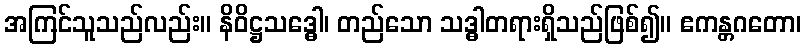
အကြင်သူသည်လည်း။ နိဝိဋ္ဌသဒ္ဓေါ၊ တည်သော သဒ္ဓါတရားရှိသည်ဖြစ်၍။ ဧကန္တဂတော၊